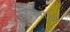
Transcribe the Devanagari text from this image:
मर्ढेकरोत्तर